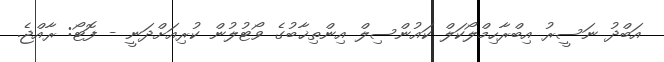
އަބްދު ނަސީރު އިބްރާހިމްލޯކަލް ކައުންސިލް އިންތިޚާބުގެ ވޯޓުލުން ކުރިއަށްދަނީ - ފޮޓޯ: ރާއްޖެ.